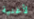
لأغنية